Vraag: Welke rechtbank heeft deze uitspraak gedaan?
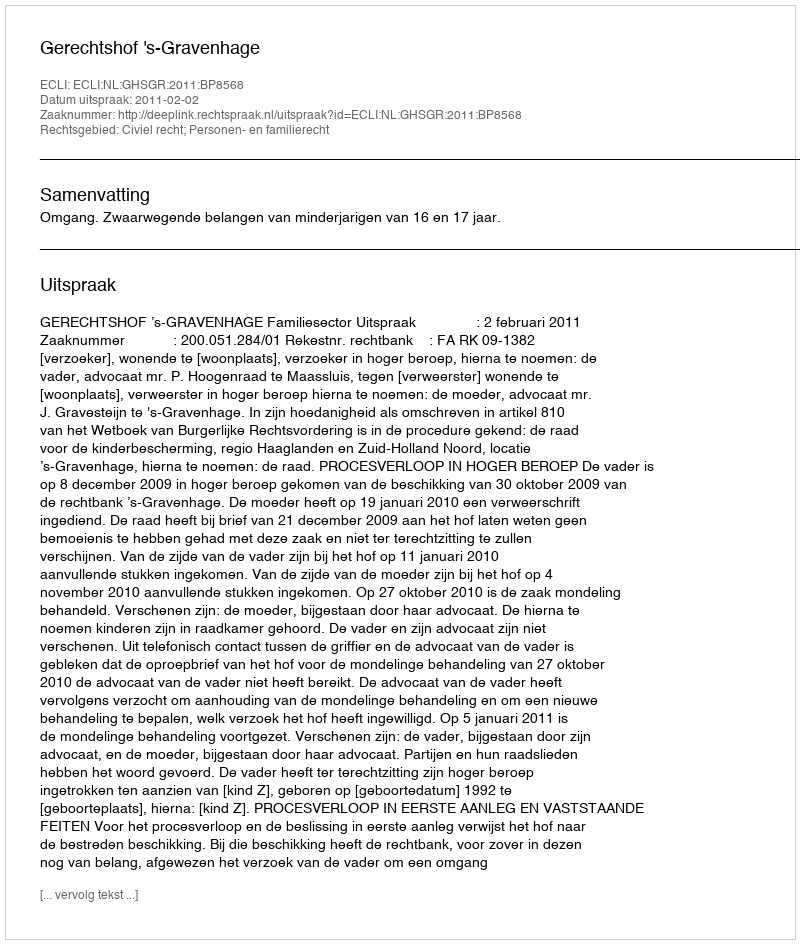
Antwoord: Gerechtshof 's-Gravenhage